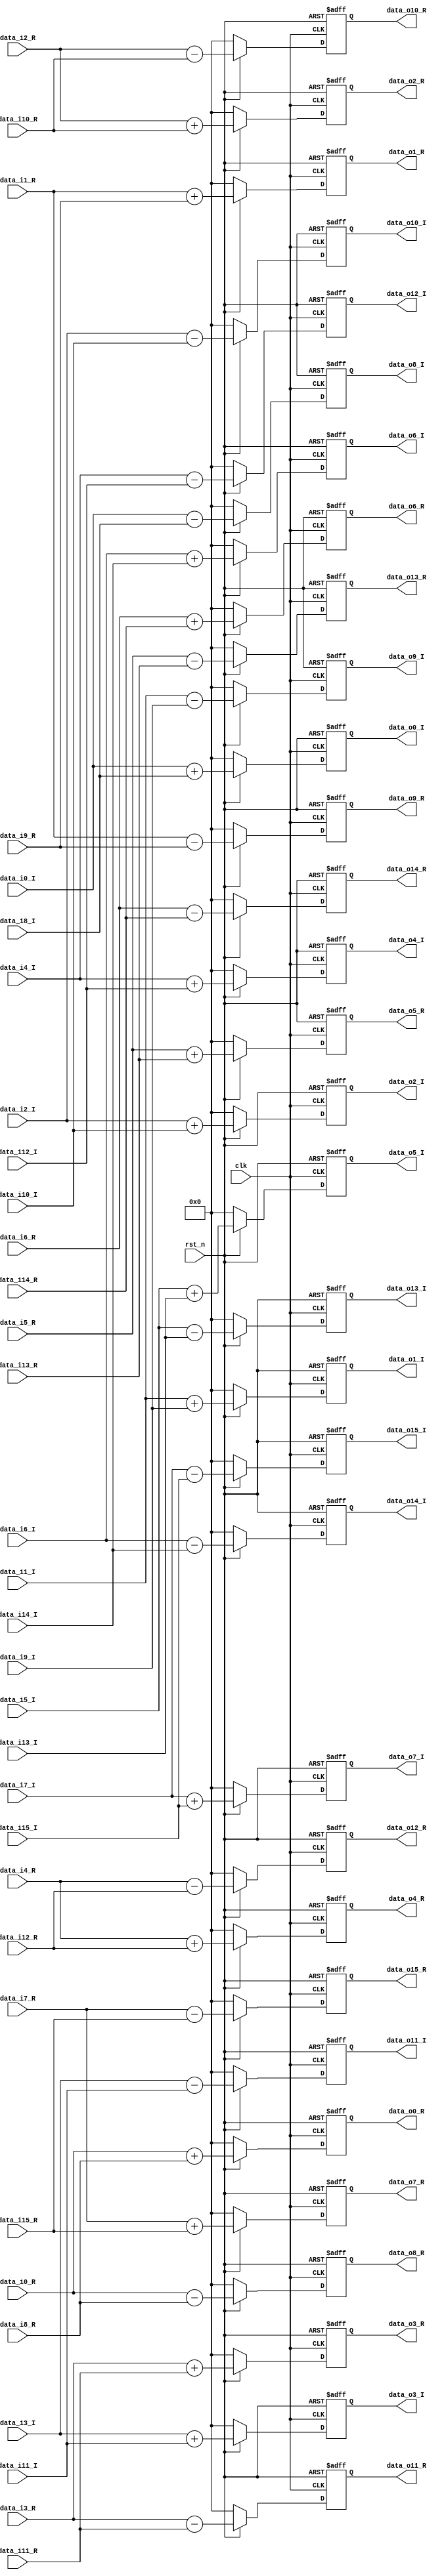
/*
*/
module butterfly1(
	input wire			clk,
	input wire			rst_n,
	input wire[16:0]	data_i0_R,
	input wire[16:0]	data_i0_I,
	input wire[16:0]	data_i1_R,
	input wire[16:0]	data_i1_I,
	input wire[16:0]	data_i2_R,
	input wire[16:0]	data_i2_I,
	input wire[16:0]	data_i3_R,
	input wire[16:0]	data_i3_I,
	input wire[16:0]	data_i4_R,
	input wire[16:0]	data_i4_I,
	input wire[16:0]	data_i5_R,
	input wire[16:0]	data_i5_I,
	input wire[16:0]	data_i6_R,
	input wire[16:0]	data_i6_I,
	input wire[16:0]	data_i7_R,
	input wire[16:0]	data_i7_I,
	input wire[16:0]	data_i8_R,
	input wire[16:0]	data_i8_I,
	input wire[16:0]	data_i9_R,
	input wire[16:0]	data_i9_I,
	input wire[16:0]	data_i10_R,
	input wire[16:0]	data_i10_I,
	input wire[16:0]	data_i11_R,
	input wire[16:0]	data_i11_I,
	input wire[16:0]	data_i12_R,
	input wire[16:0]	data_i12_I,
	input wire[16:0]	data_i13_R,
	input wire[16:0]	data_i13_I,
	input wire[16:0]	data_i14_R,
	input wire[16:0]	data_i14_I,
	input wire[16:0]	data_i15_R,
	input wire[16:0]	data_i15_I,

	output reg[16:0]	data_o0_R,
	output reg[16:0]	data_o0_I,
	output reg[16:0]	data_o1_R,
	output reg[16:0]	data_o1_I,
	output reg[16:0]	data_o2_R,
	output reg[16:0]	data_o2_I,
	output reg[16:0]	data_o3_R,
	output reg[16:0]	data_o3_I,
	output reg[16:0]	data_o4_R,
	output reg[16:0]	data_o4_I,
	output reg[16:0]	data_o5_R,
	output reg[16:0]	data_o5_I,
	output reg[16:0]	data_o6_R,
	output reg[16:0]	data_o6_I,
	output reg[16:0]	data_o7_R,
	output reg[16:0]	data_o7_I,
	output reg[16:0]	data_o8_R,
	output reg[16:0]	data_o8_I,
	output reg[16:0]	data_o9_R,
	output reg[16:0]	data_o9_I,
	output reg[16:0]	data_o10_R,
	output reg[16:0]	data_o10_I,
	output reg[16:0]	data_o11_R,
	output reg[16:0]	data_o11_I,
	output reg[16:0]	data_o12_R,
	output reg[16:0]	data_o12_I,
	output reg[16:0]	data_o13_R,
	output reg[16:0]	data_o13_I,
	output reg[16:0]	data_o14_R,
	output reg[16:0]	data_o14_I,
	output reg[16:0]	data_o15_R,
	output reg[16:0]	data_o15_I
);



//wire signed [7:0] cos;
//wire signed [7:0] sin;

//reg  signed   [16:0]   dick_re1 , dick_im1 , dick_re2 , dick_im2 ;
reg	 signed	  [16:0]   far0;
reg	 signed	  [16:0]   fai0;
reg	 signed	  [16:0]   fbr0;
reg	 signed	  [16:0]   fbi0;
reg	 signed	  [16:0]   far1;
reg	 signed	  [16:0]   fai1;
reg	 signed	  [16:0]   fbr1;
reg	 signed	  [16:0]   fbi1;
reg	 signed	  [16:0]   far2;
reg	 signed	  [16:0]   fai2;
reg	 signed	  [16:0]   fbr2;
reg	 signed	  [16:0]   fbi2;
reg	 signed	  [16:0]   far3;
reg	 signed	  [16:0]   fai3;
reg	 signed	  [16:0]   fbr3;
reg	 signed	  [16:0]   fbi3;
reg	 signed	  [16:0]   far4;
reg	 signed	  [16:0]   fai4;
reg	 signed	  [16:0]   fbr4;
reg	 signed	  [16:0]   fbi4;
reg	 signed	  [16:0]   far5;
reg	 signed	  [16:0]   fai5;
reg	 signed	  [16:0]   fbr5;
reg	 signed	  [16:0]   fbi5;
reg	 signed	  [16:0]   far6;
reg	 signed	  [16:0]   fai6;
reg	 signed	  [16:0]   fbr6;
reg	 signed	  [16:0]   fbi6;
reg	 signed	  [16:0]   far7;
reg	 signed	  [16:0]   fai7;
reg	 signed	  [16:0]   fbr7;
reg	 signed	  [16:0]   fbi7;

always@(*)
begin
if(!rst_n)
			begin
				far0=0;
				fai0=0;
				fbr0=0;
				fbi0=0;
				far1=0;
				fai1=0;
				fbr1=0;
				fbi1=0;
				far2=0;
				fai2=0;
				fbr2=0;
				fbi2=0;
				far3=0;
				fai3=0;
				fbr3=0;
				fbi3=0;
				far4=0;
				fai4=0;
				fbr4=0;
				fbi4=0;
				far5=0;
				fai5=0;
				fbr5=0;
				fbi5=0;
				far6=0;
				fai6=0;
				fbr6=0;
				fbi6=0;
				far7=0;
				fai7=0;
				fbr7=0;
				fbi7=0;
			end
		else
	begin 
		far0  = data_i0_R + data_i8_R;
		fai0  = data_i0_I + data_i8_I;
		fbr0  = data_i0_R - data_i8_R;
		fbi0  = data_i0_I - data_i8_I;
		far1  = data_i4_R + data_i12_R;
		fai1  = data_i4_I + data_i12_I;
		fbr1  = data_i4_R - data_i12_R;
		fbi1  = data_i4_I - data_i12_I;
		far2  = data_i2_R + data_i10_R;
		fai2  = data_i2_I + data_i10_I;
		fbr2  = data_i2_R - data_i10_R;
		fbi2  = data_i2_I - data_i10_I;
		far3  = data_i6_R + data_i14_R;
		fai3  = data_i6_I + data_i14_I;
		fbr3  = data_i6_R - data_i14_R;
		fbi3  = data_i6_I - data_i14_I;
		far4  = data_i1_R + data_i9_R;
		fai4  = data_i1_I + data_i9_I;
		fbr4  = data_i1_R - data_i9_R;
		fbi4  = data_i1_I - data_i9_I;
		far5  = data_i5_R + data_i13_R;
		fai5  = data_i5_I + data_i13_I;
		fbr5  = data_i5_R - data_i13_R;
		fbi5  = data_i5_I - data_i13_I;
		far6  = data_i3_R + data_i11_R;
		fai6  = data_i3_I + data_i11_I;
		fbr6  = data_i3_R - data_i11_R;
		fbi6  = data_i3_I - data_i11_I;
		far7  = data_i7_R + data_i15_R;
		fai7  = data_i7_I + data_i15_I;
		fbr7  = data_i7_R - data_i15_R;
		fbi7  = data_i7_I - data_i15_I;
	end
end

always@(posedge clk or negedge rst_n)
	begin
		if(!rst_n)
		begin
			data_o0_R <= 0;
			data_o0_I <= 0;
			data_o1_R <= 0;
			data_o1_I <= 0;
			data_o2_R <= 0;
			data_o2_I <= 0;
			data_o3_R <= 0;
			data_o3_I <= 0;
			data_o4_R <= 0;
			data_o4_I <= 0;
			data_o5_R <= 0;
			data_o5_I <= 0;
			data_o6_R <= 0;
			data_o6_I <= 0;
			data_o7_R <= 0;
			data_o7_I <= 0;
			data_o8_R <= 0;
			data_o8_I <= 0;
			data_o9_R <= 0;
			data_o9_I <= 0;
			data_o10_R <= 0;
			data_o10_I <= 0;
			data_o11_R <= 0;
			data_o11_I <= 0;
			data_o12_R <= 0;
			data_o12_I <= 0;
			data_o13_R <= 0;
			data_o13_I <= 0;
			data_o14_R <= 0;
			data_o14_I <= 0;
			data_o15_R <= 0;
			data_o15_I <= 0;
		end
		else
			begin
			data_o0_R <= far0;
			data_o0_I <= fai0;
			data_o1_R <= far4;
			data_o1_I <= fai4;
			data_o2_R <= far2;
			data_o2_I <= fai2;
			data_o3_R <= far6;
			data_o3_I <= fai6;
			data_o4_R <= far1;
			data_o4_I <= fai1;
			data_o5_R <= far5;
			data_o5_I <= fai5;
			data_o6_R <= far3;
			data_o6_I <= fai3;
			data_o7_R <= far7;
			data_o7_I <= fai7;
			data_o8_R <= fbr0;
			data_o8_I <= fbi0;
			data_o9_R <= fbr4;
			data_o9_I <= fbi4;
			data_o10_R <= fbr2;
			data_o10_I <= fbi2;
			data_o11_R <= fbr6;
			data_o11_I <= fbi6;
			data_o12_R <= fbr1;
			data_o12_I <= fbi1;
			data_o13_R <= fbr5;
			data_o13_I <= fbi5;
			data_o14_R <= fbr3;
			data_o14_I <= fbi3;
			data_o15_R <= fbr7;
			data_o15_I <= fbi7;
			end
	end
endmodule